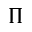
\Pi